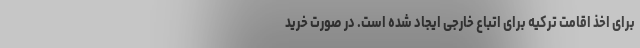
برای اخذ اقامت ترکیه برای اتباع خارجی ایجاد شده است. در صورت خرید